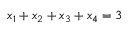
x _ { 1 } + x _ { 2 } + x _ { 3 } + x _ { 4 } = 3